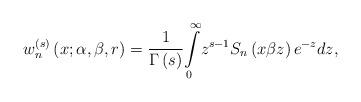
LaTeX: \begin{align*}w_{n}^{\left( s\right) }\left( x;\alpha,\beta,r\right) =\frac{1}{\Gamma\left( s\right) }{\displaystyle\int\limits_{0}^{\infty}}z^{s-1}S_{n}\left( x\beta z\right) e^{-z}dz, \end{align*}